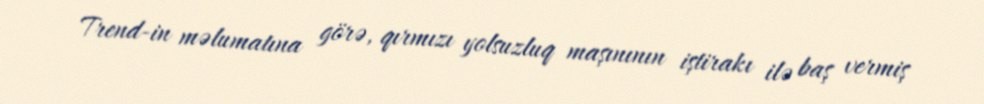
Trend-in məlumatına görə, qırmızı yolsuzluq maşınının iştirakı ilə baş vermiş